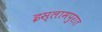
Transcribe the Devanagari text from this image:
इस्लामपुरात